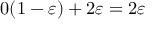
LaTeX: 0 ( 1 - \varepsilon ) + 2 \varepsilon = 2 \varepsilon